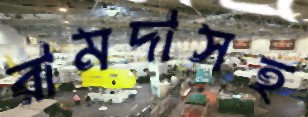
রামদাসহ